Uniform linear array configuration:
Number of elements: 48
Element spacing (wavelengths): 1
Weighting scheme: cosine
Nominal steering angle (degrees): -60
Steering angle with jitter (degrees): -59.939
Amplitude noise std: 0.05
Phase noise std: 0.05

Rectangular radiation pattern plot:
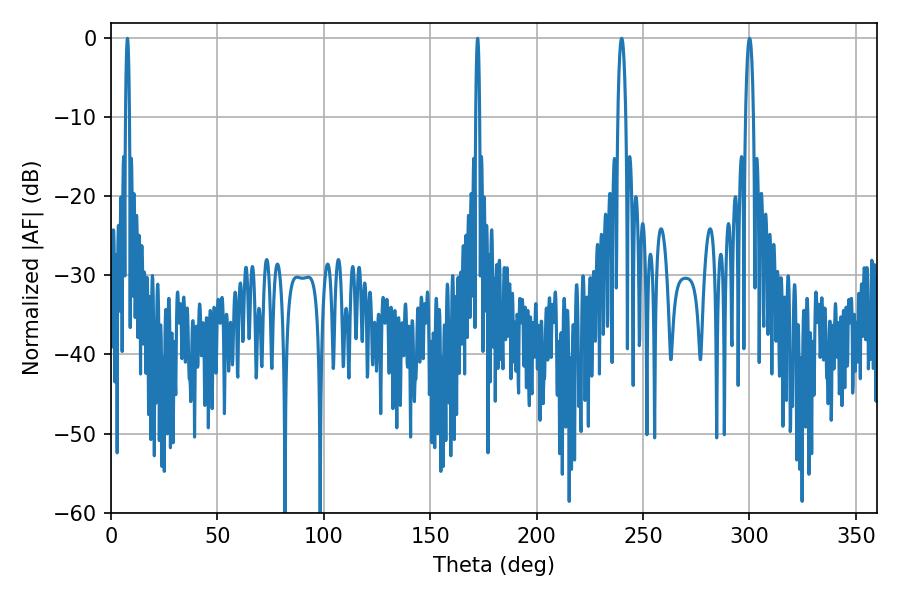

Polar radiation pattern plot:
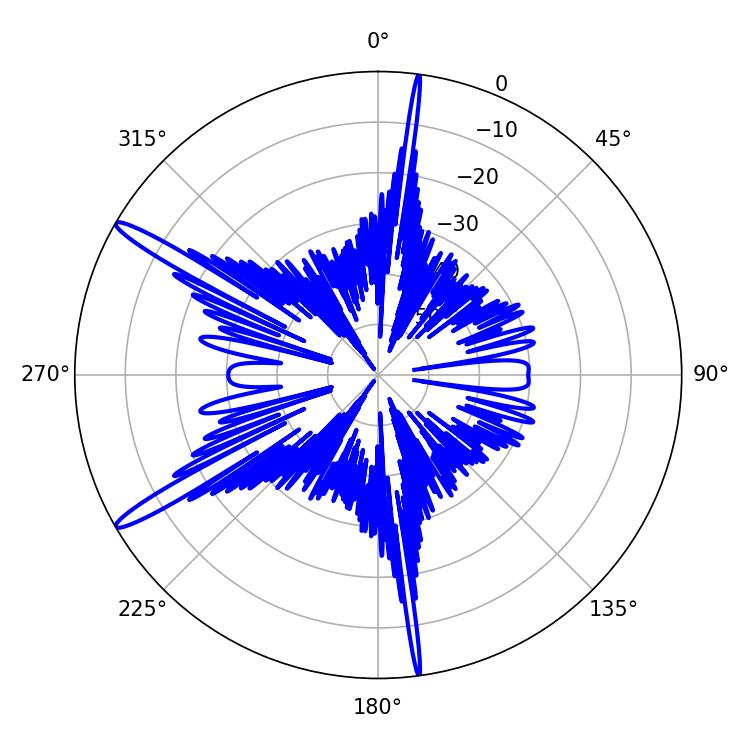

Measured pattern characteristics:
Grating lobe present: TRUE
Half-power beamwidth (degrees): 2.16
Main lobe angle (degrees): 239.94